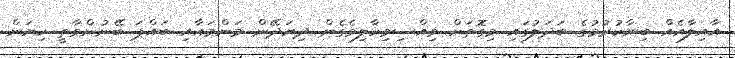
އާއިލާއެއް ބިނާކުރުމުގެ ބަދަލުގައި މިގޮތަށް ވިއްސިވިހާލިވެގެން ދިޔަދޭން މަންމައާއި ބައްޕަ ބޭނުންވާތީ ކިޔަން